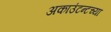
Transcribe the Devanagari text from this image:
अकाउंटन्टच्या